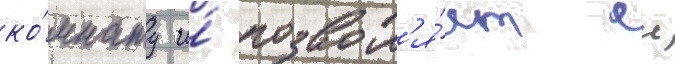
ко́мнату и́ позвол'я́ет еи